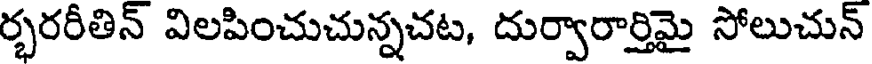
ర్భరరీతిన్ విలపించుచున్నచట, దుర్వారార్తిమై సోలుచున్